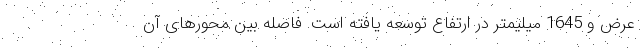
عرض و 1645 میلیمتر در ارتفاع توسعه یافته است. فاصله بین محورهای آن